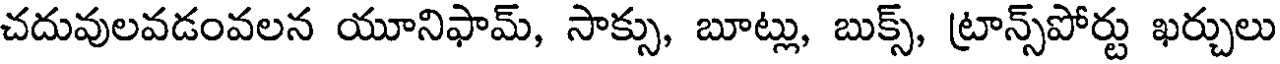
చదువులవడంవలన యూనిఫామ్, సాక్సు, బూట్లు, బుక్స్, ట్రాన్స్పోర్టు ఖర్చులు